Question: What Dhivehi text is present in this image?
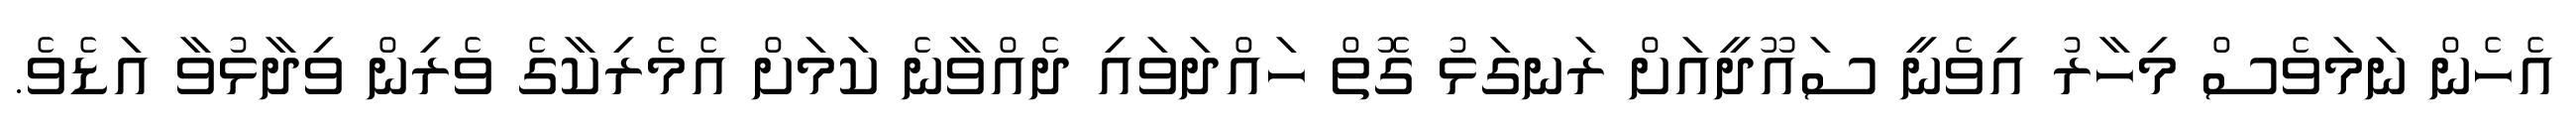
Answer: އެހެން ނަމަވެސް މިހާރު އިވެނީ ސައޫދީއަށް ރަނގަޅު ގޮތް ހައްދަވައި ދެއްވާނެ ކަމަށް އެމެރިކާގެ ވެރިން ވިދާޅުވާ އަޑެވެ.